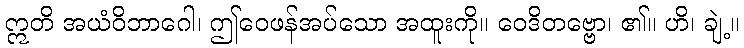
ဣတိ အယံဝိဘာဂေါ၊ ဤဝေဖန်အပ်သော အထူးကို။ ဝေဒိတဗ္ဗော၊ ၏။ ဟိ၊ ချဲ့။